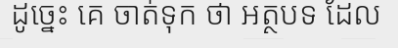
ដូច្នេះ គេ ចាត់ទុក ថា អត្ថបទ ដែល